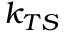
k _ { T S }